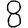
Digit: 8